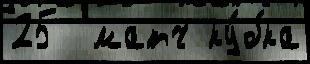
25  матч ку́бка